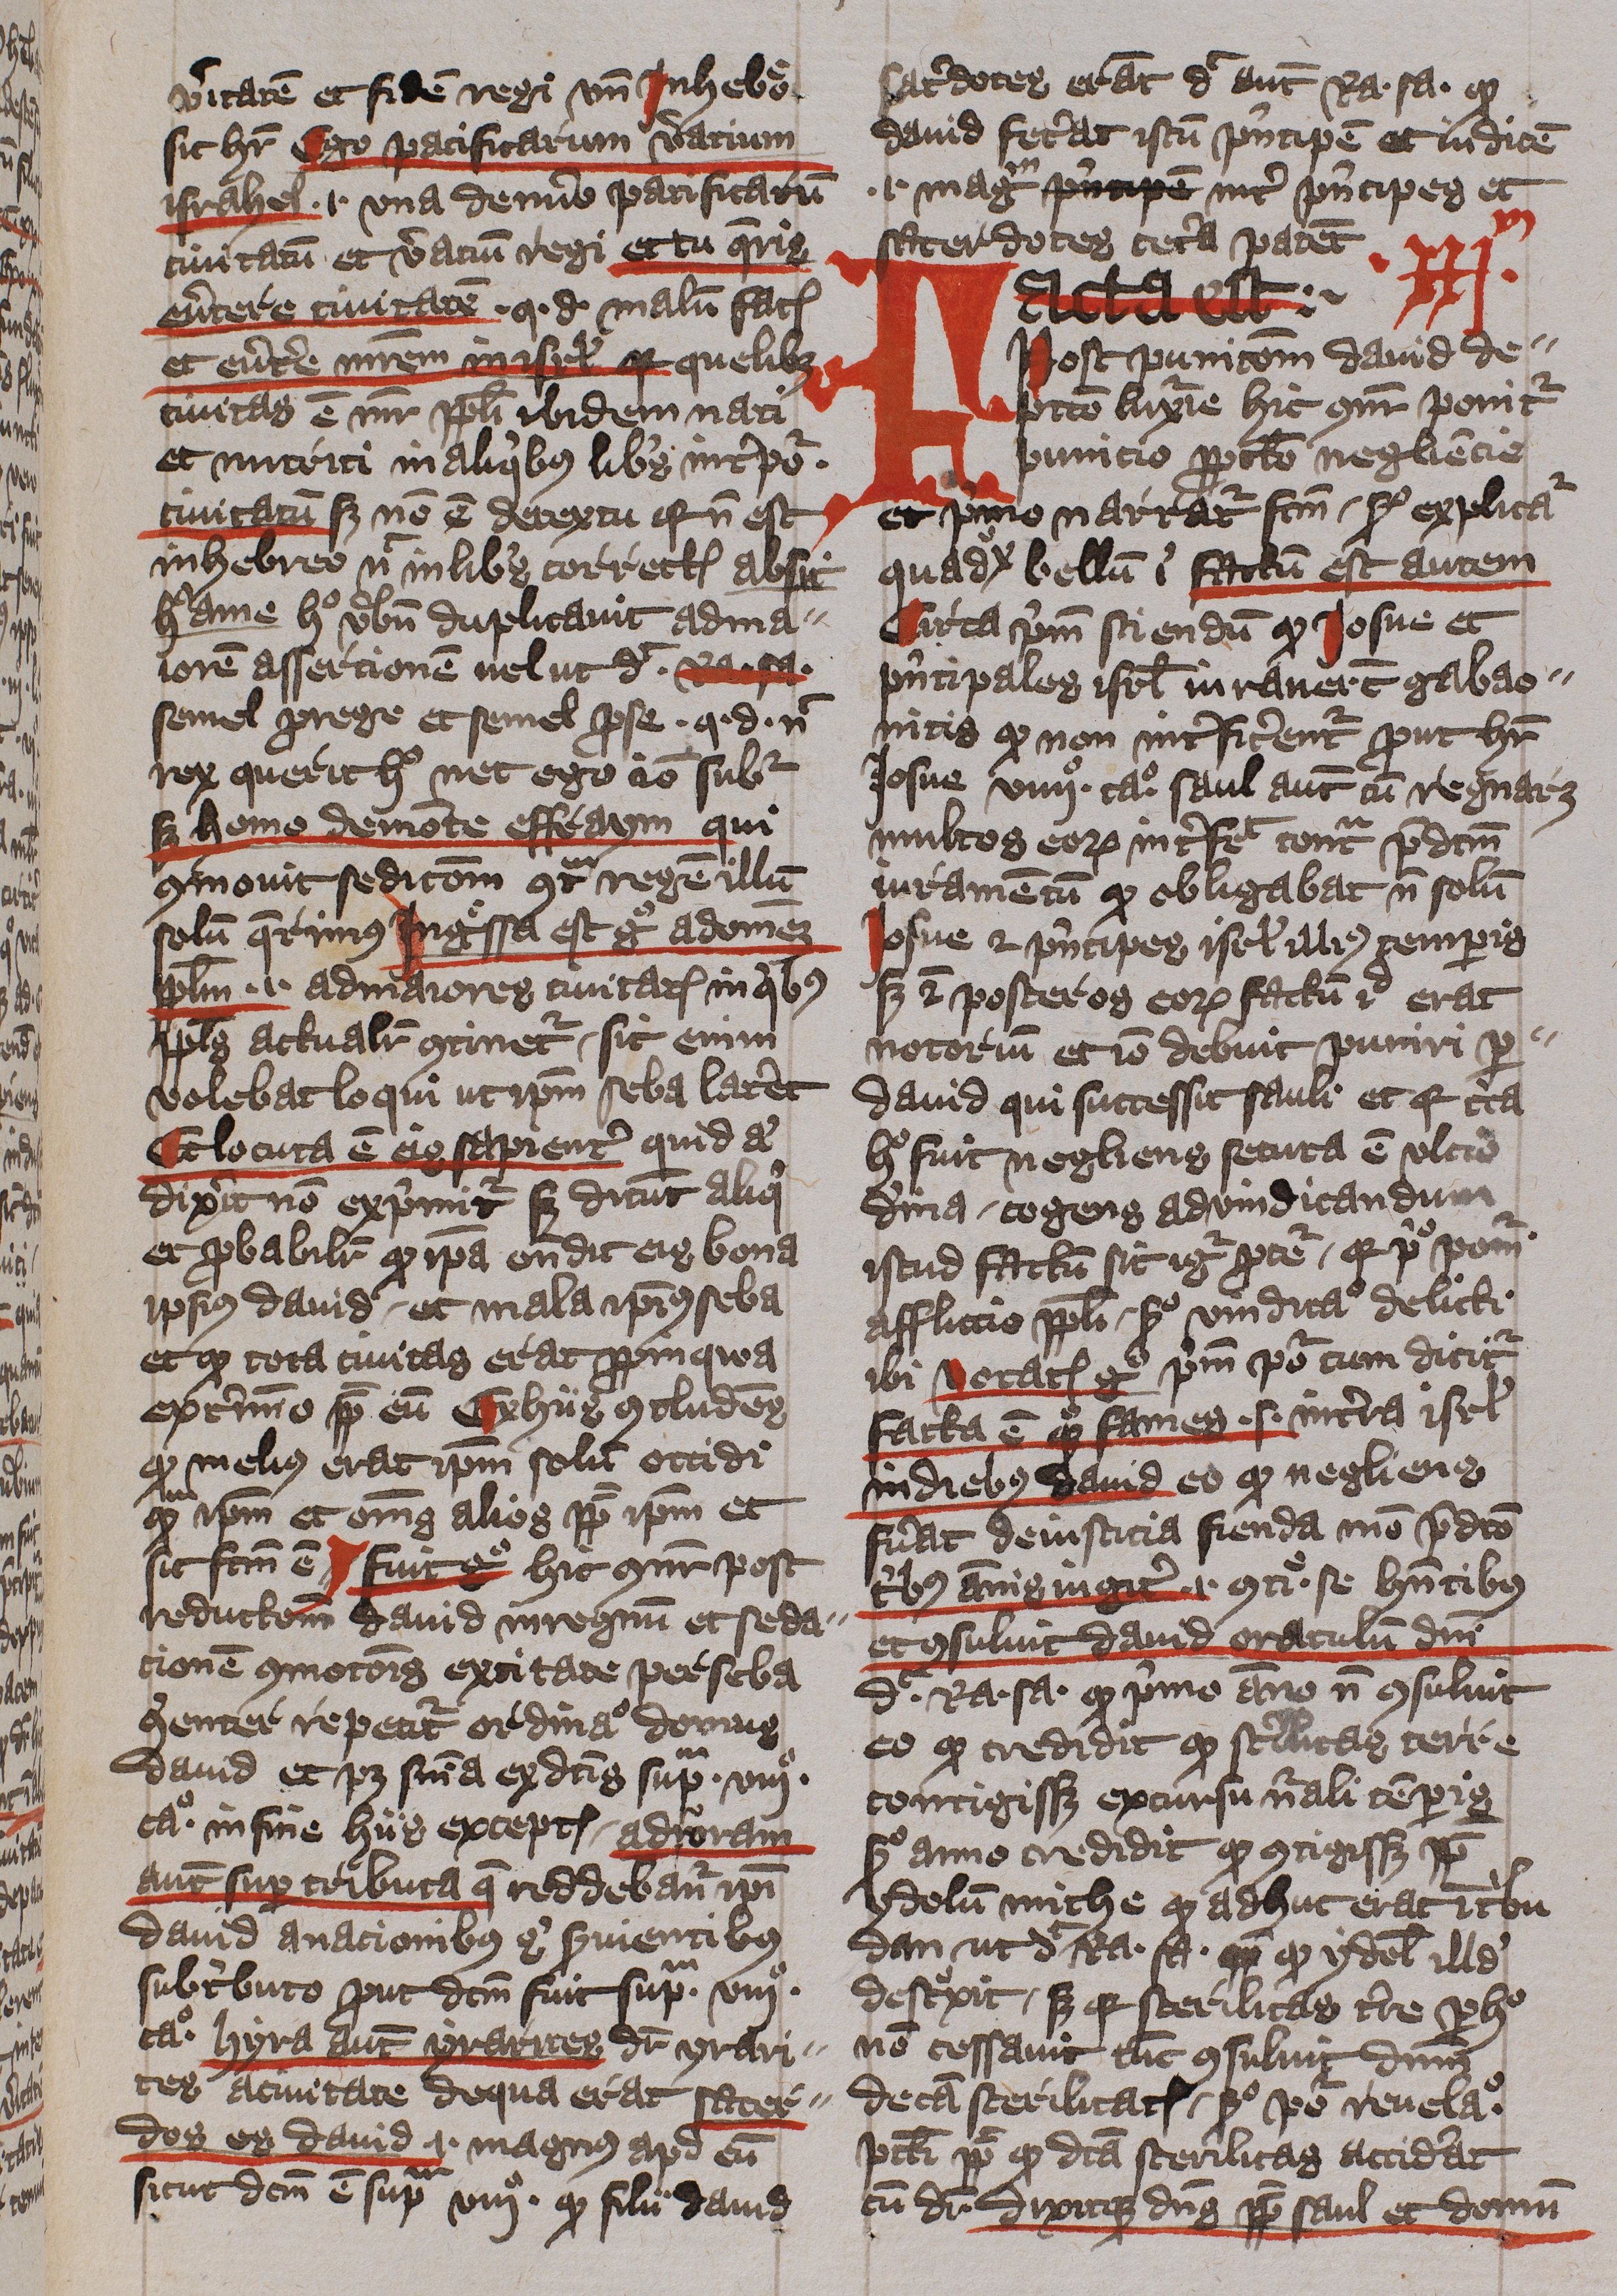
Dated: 1400–1401